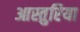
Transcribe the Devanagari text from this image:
आस्तुरिया